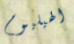
الهيليوم